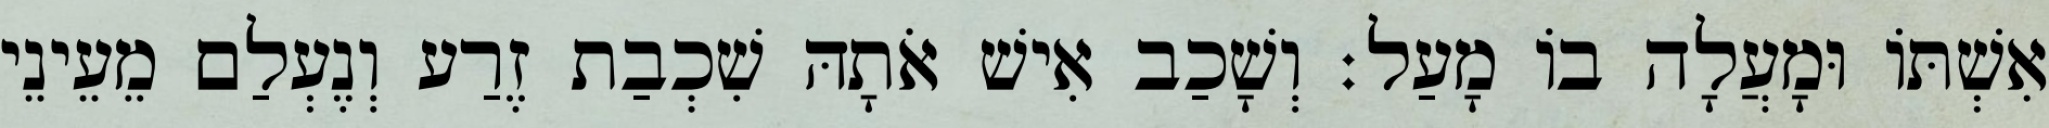
אִשְׁתּוֹ וּמָעֲלָה בוֹ מָעַל׃ וְשָׁכַב אִישׁ אֹתָהּ שִׁכְבַת זֶרַע וְנֶעְלַם מֵעֵינֵי